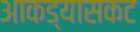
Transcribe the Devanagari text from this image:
आकड्यासकट